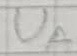
Text: UA